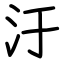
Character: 汙